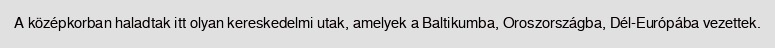
A középkorban haladtak itt olyan kereskedelmi utak, amelyek a Baltikumba, Oroszországba, Dél-Európába vezettek.